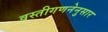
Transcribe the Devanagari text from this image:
वस्तीगणनेनुसार